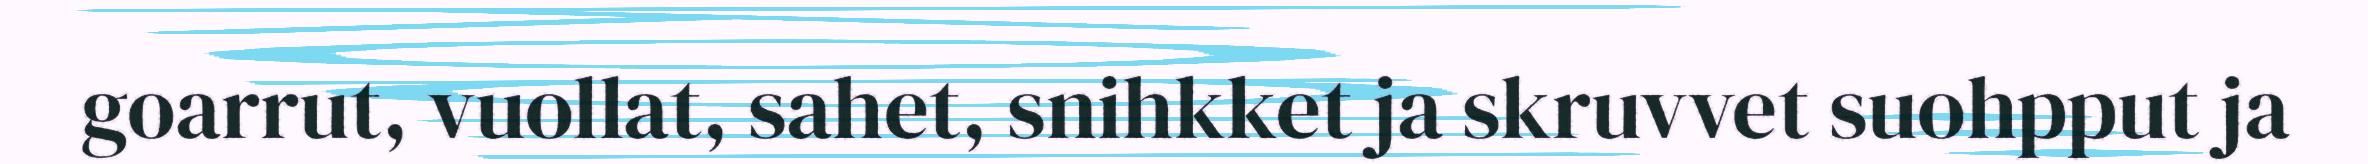
goarrut, vuollat, sahet, snihkket ja skruvvet suohpput ja